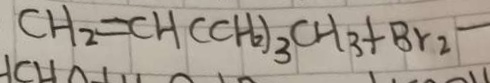
C H _ { 2 } = C H ( C H _ { 2 } ) _ { 3 } C H _ { 3 } + B r _ { 2 } -